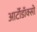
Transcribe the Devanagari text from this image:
आर्टोडॉक्सो